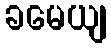
ခမေယျ